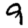
Digit: 9